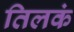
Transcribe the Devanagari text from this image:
तिलकं